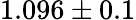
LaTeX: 1.096\pm 0.1